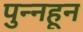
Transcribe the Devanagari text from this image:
पुन्नहून